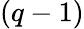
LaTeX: (q-1)